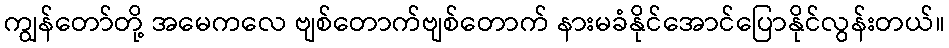
ကျွန်တော်တို့ အမေကလေ ဗျစ်တောက်ဗျစ်တောက် နားမခံနိုင်အောင်ပြောနိုင်လွန်းတယ်။